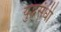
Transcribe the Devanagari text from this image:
युद्धसंधी